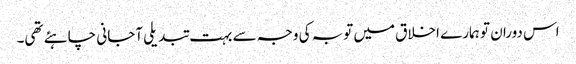
اس دوران تو ہمارے اخلاق میں توبہ کی وجہ سے بہت تبدیلی آجانی چاہئے تھی۔